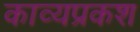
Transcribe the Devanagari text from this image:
काव्यप्रकश